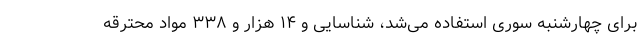
برای چهارشنبه سوری استفاده می‌شد، شناسایی و ۱۴ هزار و ۳۳۸ مواد محترقه